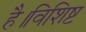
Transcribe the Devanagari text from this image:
है।विशिष्ट